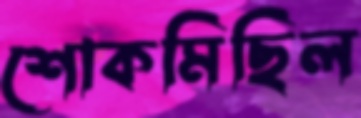
শোকমিছিল